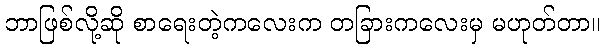
ဘာဖြစ်လို့ဆို စာရေးတဲ့ကလေးက တခြားကလေးမှ မဟုတ်တာ။